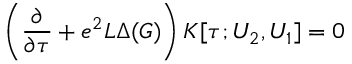
\left( \frac { \partial } { \partial \tau } + e ^ { 2 } L \Delta ( G ) \right) K [ \tau ; U _ { 2 } , U _ { 1 } ] = 0